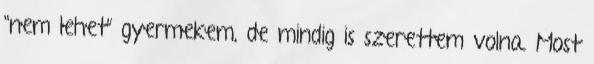
“nem lehet” gyermekem, de mindig is szerettem volna. Most